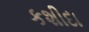
કશીદા